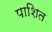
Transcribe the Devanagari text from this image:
पाशित